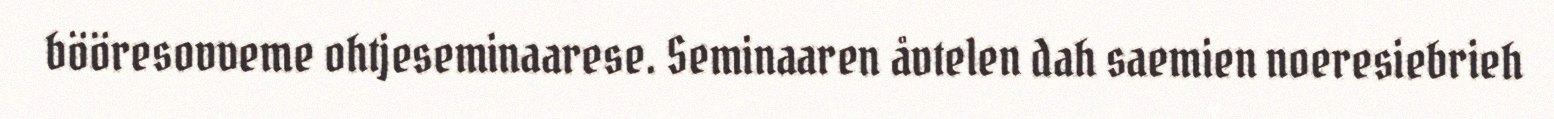
bööresovveme ohtjeseminaarese. Seminaaren åvtelen dah saemien noeresiebrieh